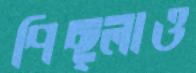
পিছ্‌লাও